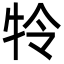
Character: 㸳